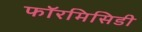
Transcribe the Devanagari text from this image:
फॉरमिसिडी